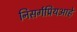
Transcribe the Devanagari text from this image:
निसर्गप्रियआहे